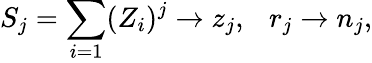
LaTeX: S_{j}=\sum_{i=1}(Z_{i})^{j}\rightarrow z_{j},~~~r_{j}\rightarrow n_{j},